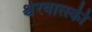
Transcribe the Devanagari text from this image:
श्चेरवात्स्की